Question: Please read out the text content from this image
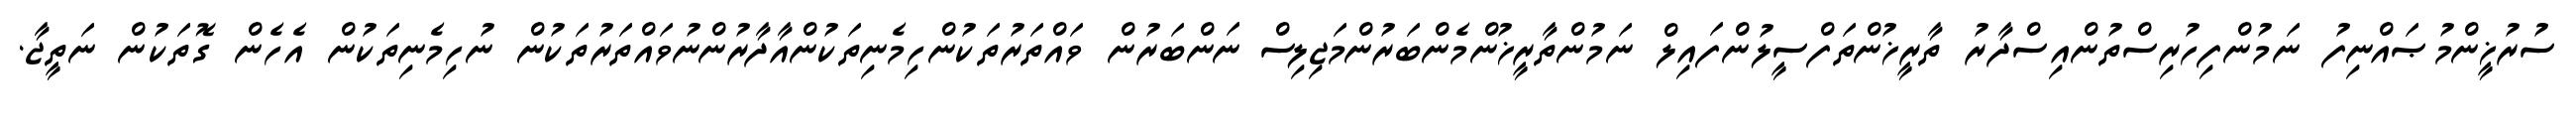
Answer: ސުރުޚީންމުޞައްނިފު ނަމުންފިހުރިސްތުންއިސްދާރު ތާރީޚުންތަފްސީލުންފައިލް ނަމުންތާރީޚުންމެންބަރުންމަޖިލިސް ނަންބަރުން ވައްތަރުތަކުންހިމެނިތަކުންއާދާރުންނުވައްތަރުތަކުން ނުހިމެނިތަކުން އެހެން ގޮތަކުން ނަތީޖާ.